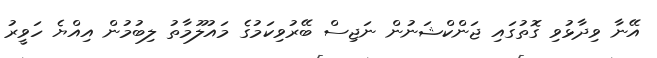
އޭނާ ވިދާޅުވި ގޮތުގައި ޖަންކްޝަނުން ނަޖިސް ބޭރުވިކަމުގެ މައުލޫމާތު ލިބުމުން އިއްޔެ ހަވީރު